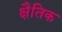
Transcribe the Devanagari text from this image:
क्षैतिक